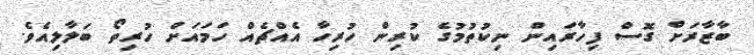
ބާޒާރަށް ގޮސް ފިހާރައިން ނިކުތުމުގެ ކުރިން ހުރިހާ އެއްޗެއް ހަމައަށް ހުރިތޯ ބަލާލިއެވެ.